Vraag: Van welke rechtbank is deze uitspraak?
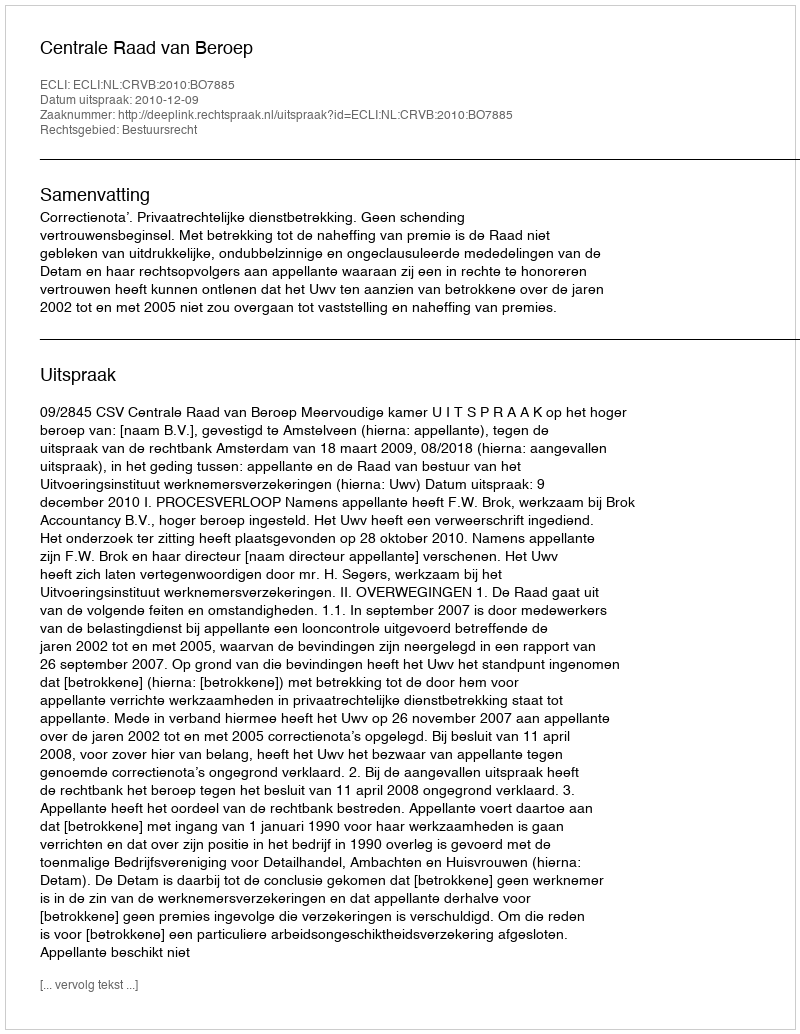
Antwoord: Centrale Raad van Beroep